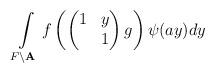
LaTeX: \begin{align*}\int\limits_{F\backslash {\bf A}}f\left (\begin{pmatrix} 1&y\\&1\end{pmatrix}g\right )\psi(ay)dy\end{align*}